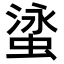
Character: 𬠘